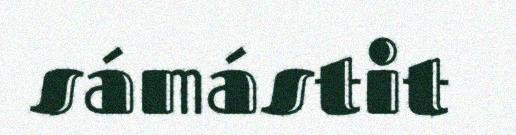
sámástit